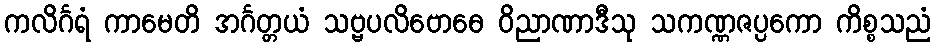
ကလိင်္ဂရံ ကာမေတိ အင်္ဂတ္တယံ သဗ္ဗပလိဗောဓေ ဝိညာဏာဒီသု သကဏ္ဏဇပ္ပကော ကိစ္စသညံ